Sketch of the medical history of the native army of Bombay, for the year
Year: 1876
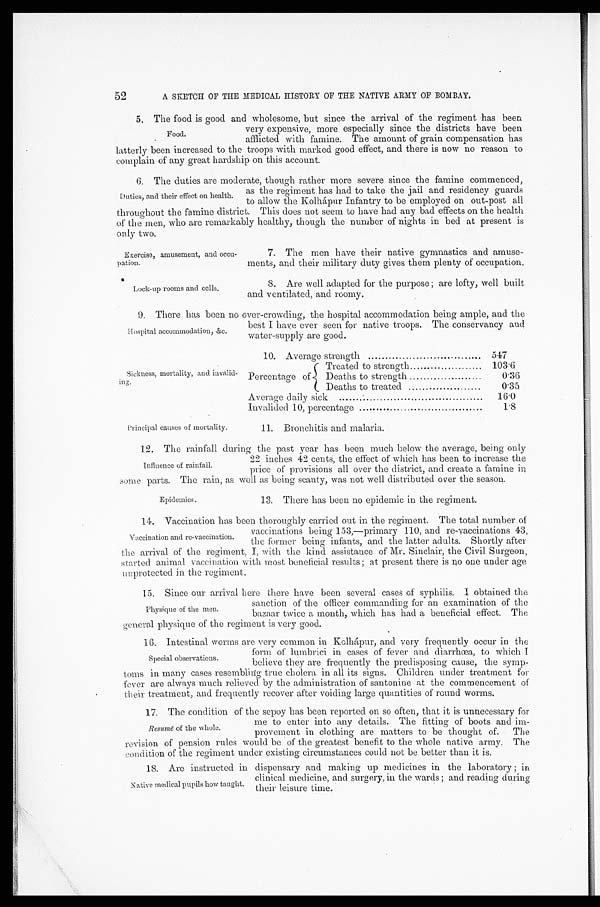
Exercise, amusement, and occu
-pation.
Lock-up rooms and cells.
52
A SKETCH OF THE MEDICAL HISTORY OF THE NATIVE ARMY OF BOMBAY.
5. The food is good and wholesome, but since the arrival of the regiment has been
very expensive, more especially since the districts have been
afflicted with famine. The amount of grain compensation has
latterly been increased to the troops with marked good effect, and there is now no reason to
complain of any great hardship on this account.
6. The duties are moderate, though rather more severe since the famine commenced,
as the regiment has had to take the jail and residency guards
to allow the Kolhápur Infantry to be employed on out-post all
throughout the famine district. This does not seem to have had any bad effects on the health
of the men, who are remarkably healthy, though the number of nights in bed at present is
only two.
Food.
Duties, and their effect on health.
7. The men have their native gymnastics and amuse-
ments, and their military duty gives them plenty of occupation.
8. Are well adapted for the purpose; are lofty, well built
and ventilated, and roomy.
9. There has been no over-crowding, the hospital accommodation being ample, and the
best I have ever seen for native troops. The conservancy and
water-supply are good.
Hospital accommodation, &c.
Sickness, mortality, and invalid-
ing.
Principal causes of mortality.
10. Average strength
547
Percentage of
Treated to strength
103.6
Deaths to strength
0.36
Deaths to treated
0.35
Average daily sick
16.0
Invalided 10, percentage
1.8
11. Bronchitis and malaria.
12. The rainfall during the past year has been much below the average, being only
22 inches 42 cents, the effect of which has been to increase the
price of provisions all over the district, and create a famine in
some parts. The rain, as well as being scanty, was not well distributed over the season.
Influence of rainfall.
Epidemics.
13. There has been no epidemic in the regiment.
14. Vaccination has been thoroughly carried out in the regiment. The total number of
vaccinations being 153,—primary 110, and re-vaccinations 43,
the former being infants, and the latter adults. Shortly after
the arrival of the regiment, I, with the kind assistance of Mr. Sinclair, the Civil Surgeon,
started animal vaccination with most beneficial results ; at present there is no one under age
unprotected in the regiment.
15. Since our arrival here there have been several cases of syphilis. I obtained the
sanction of the officer commanding for an examination of the
bazaar twice a month, which has had a beneficial effect. The
general physique of the regiment is very good.
16. Intestinal worms are very common in Kolhápur, and very frequently occur in the
form of lumbrici in cases of fever and diarrhœa, to which I
believe they are frequently the predisposing cause, the symp-
toms in many cases resembling true cholera in all its signs. Children under treatment for
fever are always much relieved by the administration of santonine at the commencement of
their treatment, and frequently recover after voiding large quantities of round worms.
17. The condition of the sepoy has been reported on so often, that it is unnecessary for
me to enter into any details. The fitting of boots and im-
provement in clothing are matters to be thought of. The
revision of pension rules would be of the greatest benefit to the whole native army. The
condition of the regiment under existing circumstances could not be better than it is.
Vaccination and re-vaccination.
Physique of the men.
Special observations.
Re s u mé of t he whol e.
Native medical pupils how taught.
18. Are instructed in dispensary and making up medicines in the laboratory ; in
clinical medicine, and surgery, in the wards; and reading during
their leisure time.